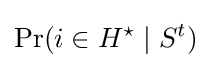
\Pr(i\in H^{\star }\mid S^{t})